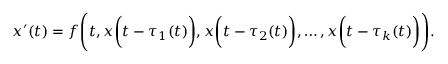
x ^ { \prime } ( t ) = f { \Biggl ( } t , x { \biggl ( } t - \tau _ { 1 } ( t ) { \biggr ) } , x { \biggl ( } t - \tau _ { 2 } ( t ) { \biggr ) } , \ldots , x { \biggl ( } t - \tau _ { k } ( t ) { \biggr ) } { \Biggr ) } .